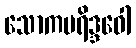
သောကပရိဒ္ဒဝေါ